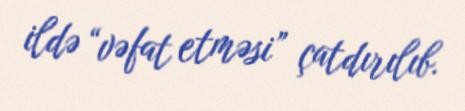
ildə “vəfat etməsi” çatdırılıb.